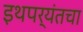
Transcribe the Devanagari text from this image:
इथपर्यंतचा